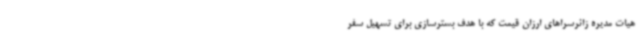
هیات مدیره زائرسراهای ارزان قیمت که با هدف بسترسازی برای تسهیل سفر